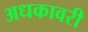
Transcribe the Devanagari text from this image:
अधकावरी